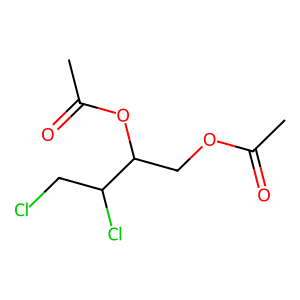
SMILES: CC(=O)OCC(OC(C)=O)C(Cl)CCl
Inhibits HIV replication: No